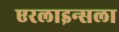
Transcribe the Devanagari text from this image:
एरलाइन्सला